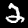
Label: 2